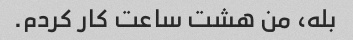
بله، من هشت ساعت کار کردم.